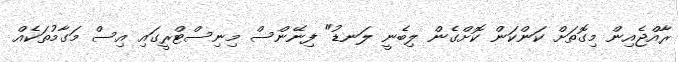
ރާއްޖެއިން މިގޮތަށް ކަންކަން ކޮށްގެން ލިބެނީ ލަނޑު" ފިނޭންސް މިނިސްޓްރީގައި އިސް މަގާމުތަކެއް